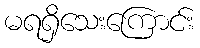
မရရှိသေးကြောင်း